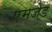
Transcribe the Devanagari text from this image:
एमजेड